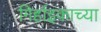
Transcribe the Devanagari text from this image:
गिर्हाइकाच्या